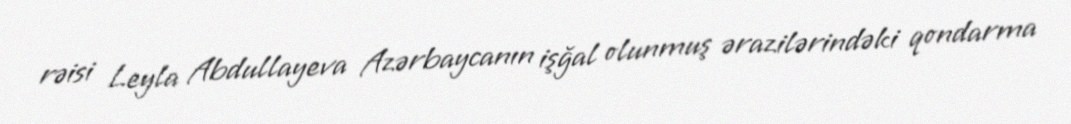
rəisi Leyla Abdullayeva Azərbaycanın işğal olunmuş ərazilərindəki qondarma